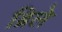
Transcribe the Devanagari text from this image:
ब्रिले